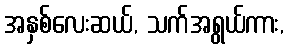
အနှစ်လေးဆယ်, သက်အရွယ်ကား,